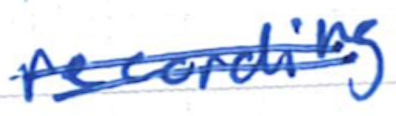
Text: recording
Cross-out: double-line
Writing tool: ballpoint